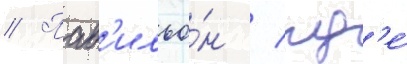
// Пав'ильо́н / гд'е́